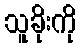
သူခိုးကို